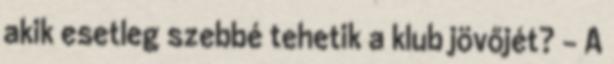
akik esetleg szebbé tehetik a klub jövőjét? - A